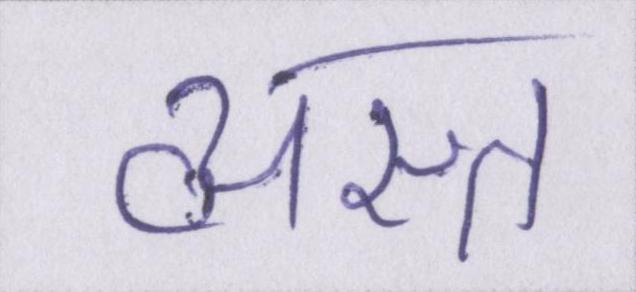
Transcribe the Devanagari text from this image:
व्यस्त